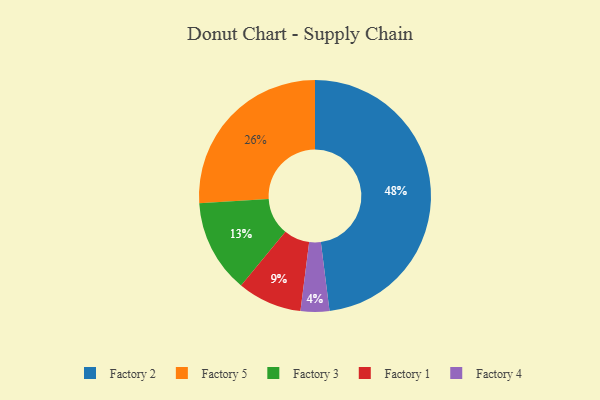
{"axis": {"x": "Category", "y": "Percentage"}, "legend": ["Factory 1", "Factory 2", "Factory 3", "Factory 4", "Factory 5"], "data": [{"x": "Factory 4", "y": 4, "type": "Factory 4"}, {"x": "Factory 3", "y": 13, "type": "Factory 3"}, {"x": "Factory 1", "y": 9, "type": "Factory 1"}, {"x": "Factory 5", "y": 26, "type": "Factory 5"}, {"x": "Factory 2", "y": 48, "type": "Factory 2"}]}